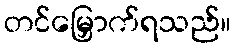
တင်မြှောက်ရသည်။